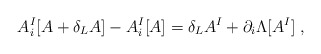
\begin{align*}A^I_i[A+\delta_L A]-A_i^I[A]=\delta_L A^I+\partial_i\Lambda[A^I]\;,\end{align*}